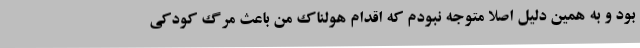
بود و به همین دلیل اصلا متوجه نبودم که اقدام هولناک من باعث مرگ کودکی